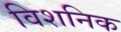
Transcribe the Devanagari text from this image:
विशनिक